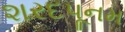
શરદપૂનમ